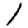
Digit: 1